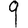
Digit: 9